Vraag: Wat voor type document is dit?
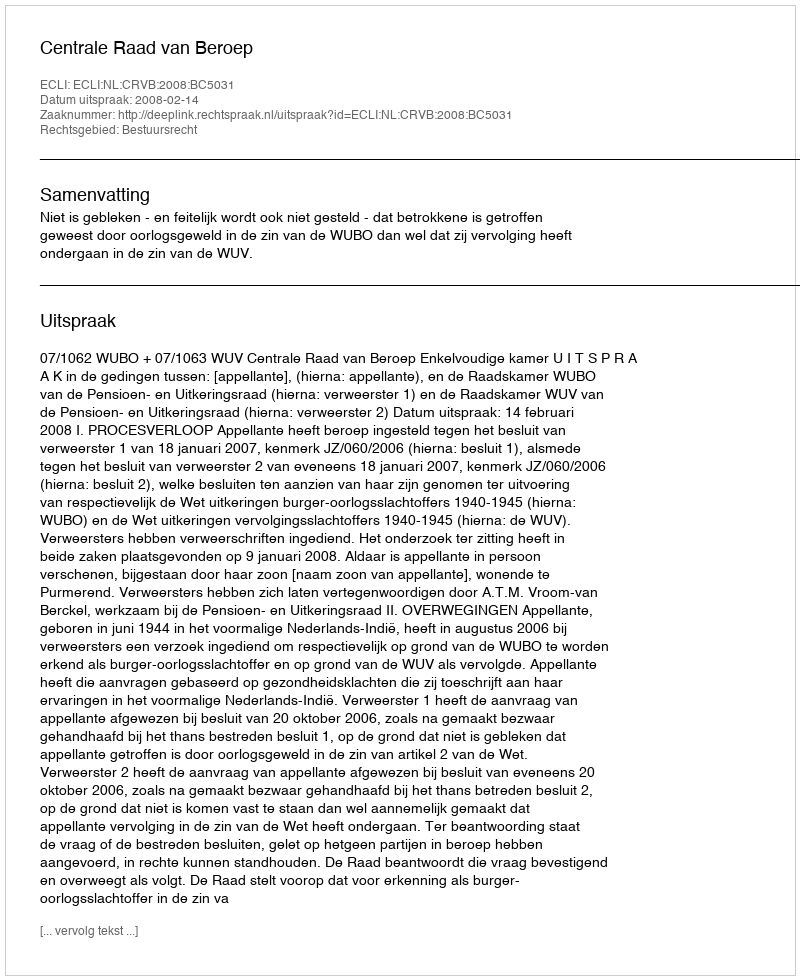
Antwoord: Uitspraak